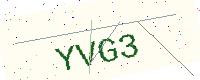
Text: YVG3